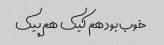
خوب بود هم کیک هم پیک